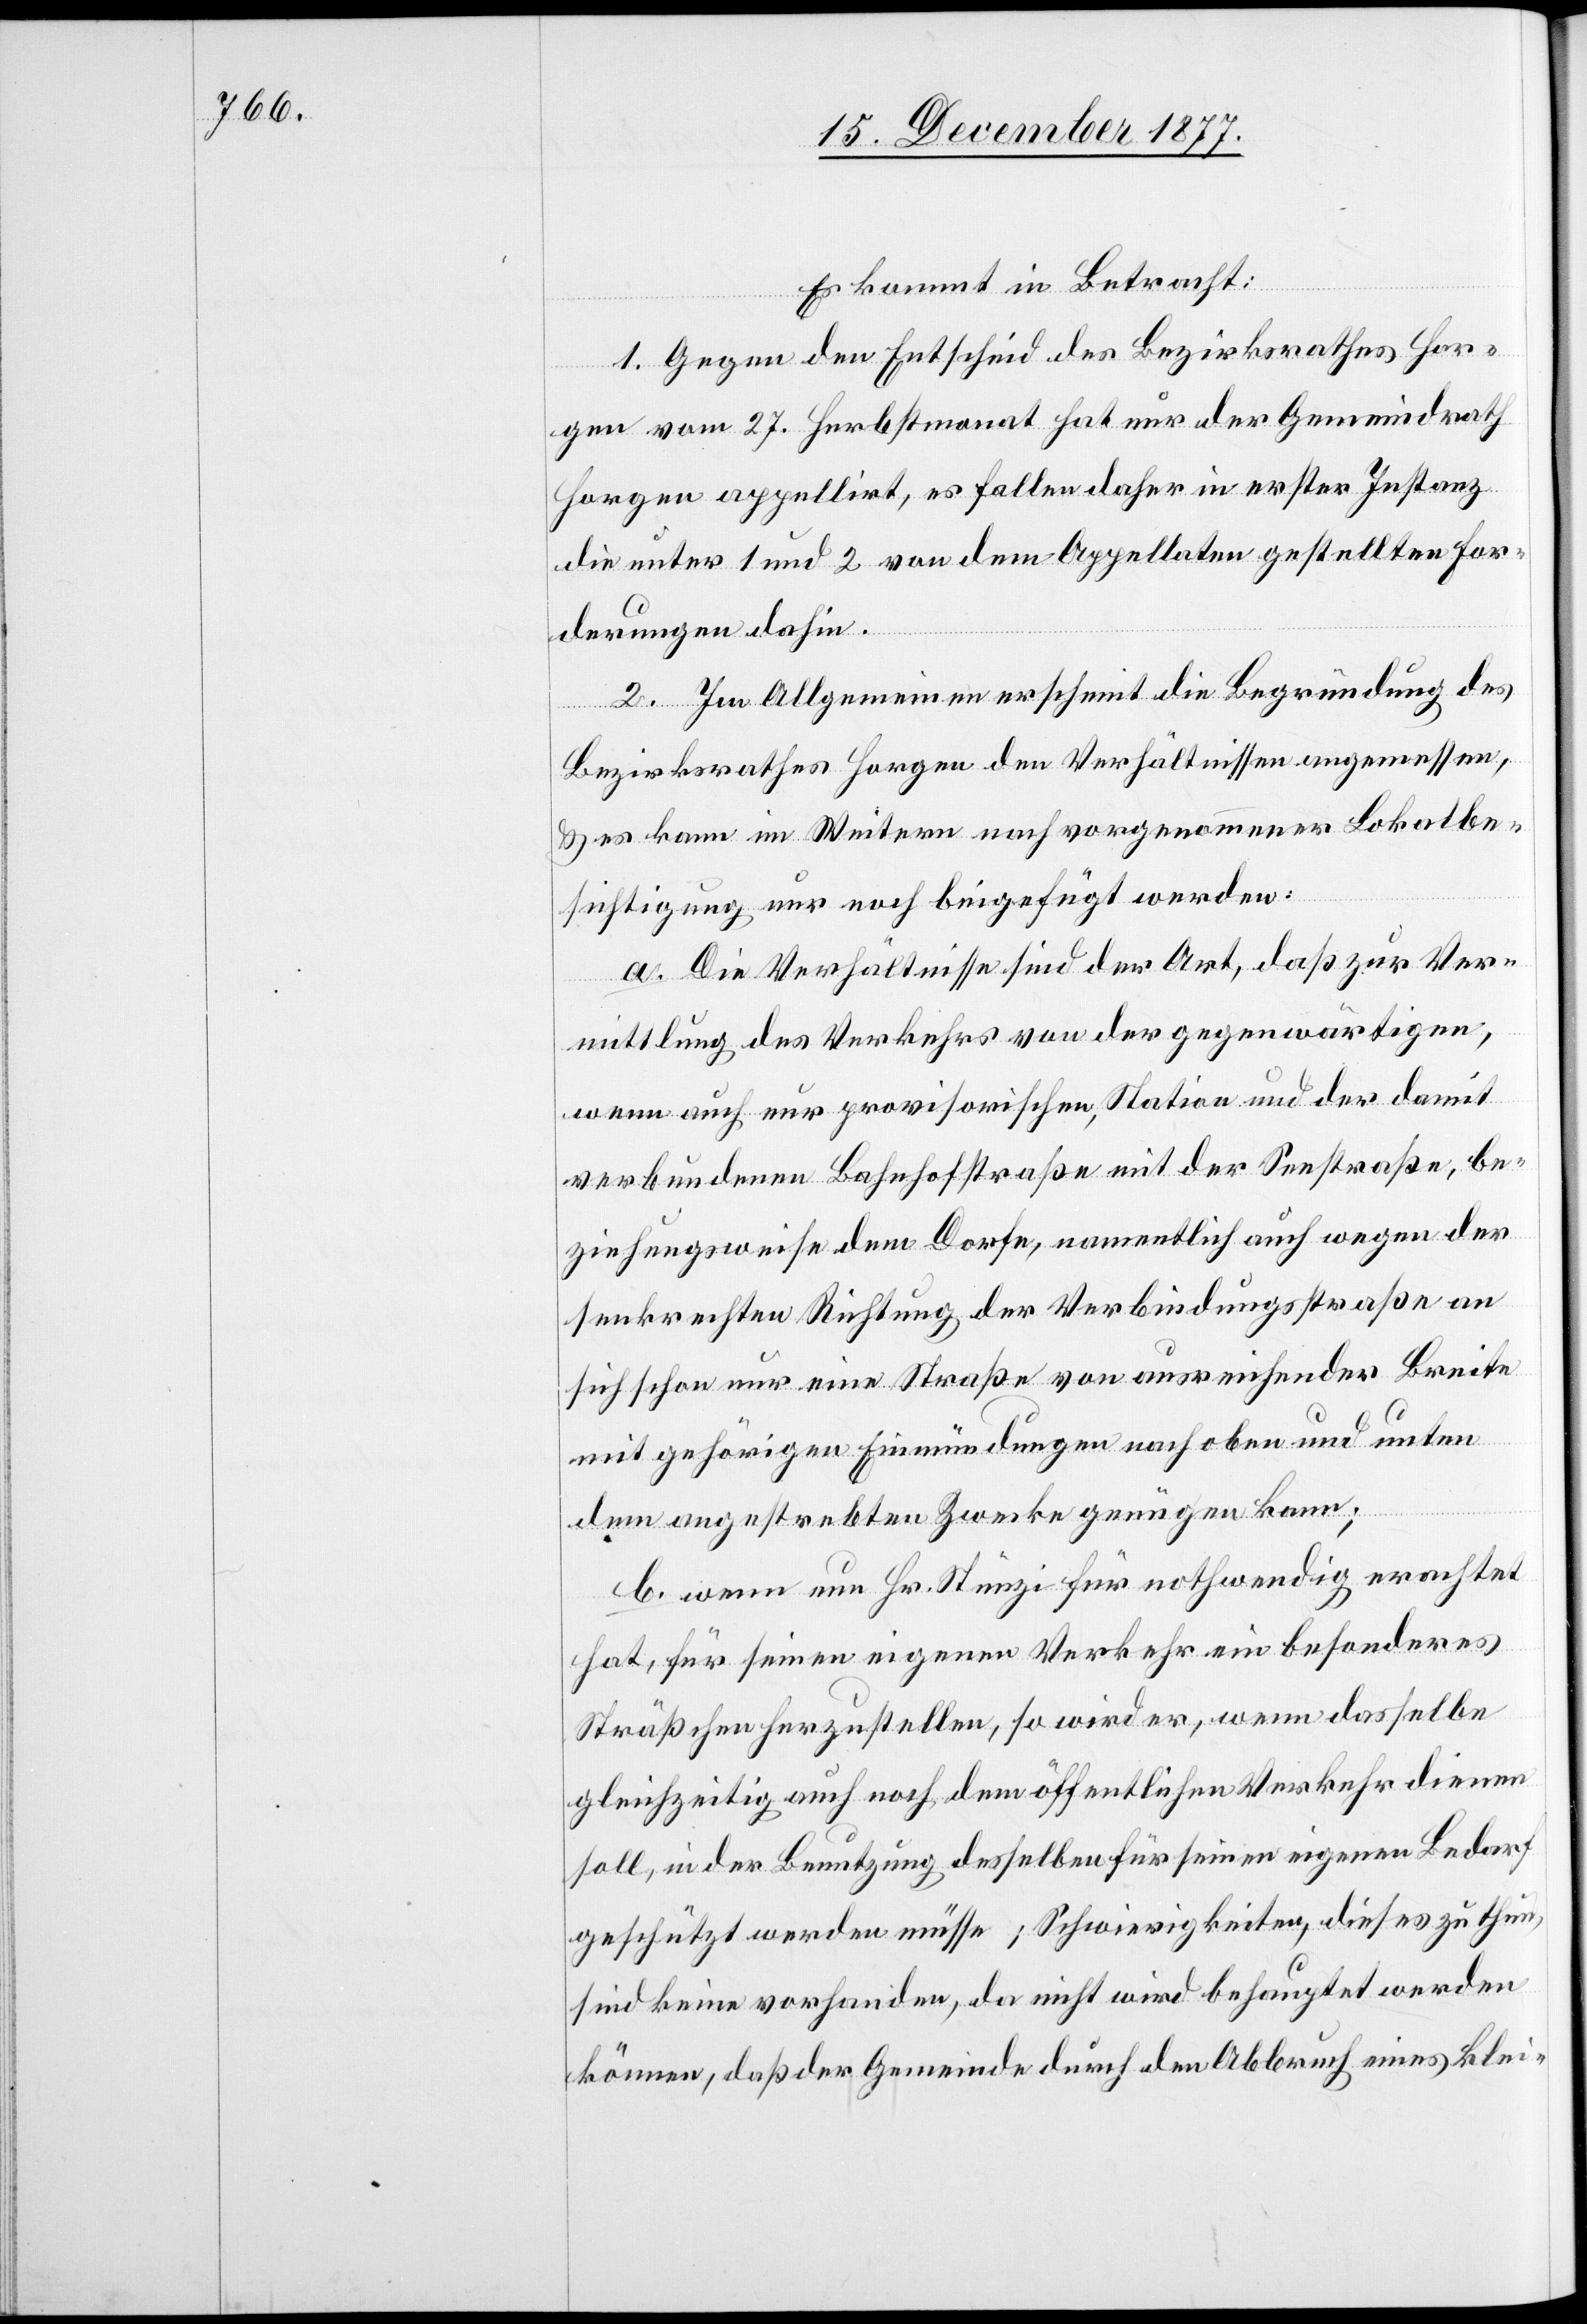
Es kommt in Betracht:
1. Gegen den Entscheid des Bezirksrathes Hor¬
gen vom 27. Herbstmonat hat nur der Gemeindrath
Horgen appellirt, es fallen daher in erster Instanz
die unter 1 und 2 von dem Appellaten gestellten For¬
derungen dahin.
2. Im Allgemeinen erscheint die Begründung des
Bezirksrathes Horgen den Verhältnissen angemessen,
& es kann im Weitern nach vorgenommener Lokalbe¬
sichtigung nur noch beigefügt werden:
a. Die Verhältnisse sind der Art, daß zur Ver¬
mittlung des Verkehrs von der gegenwärtigen,
wenn auch nur provisorischen, Station und der damit
verbundenen Bahnhofstraße mit der Seestraße, be¬
ziehungsweise dem Dorfe, namentlich auch wegen der
senkrechten Richtung der Verbindungsstraße an
sich schon nur eine Straße von ausreichender Breite
mit gehörigen Einmündungen nach oben und unten
dem angestrebten Zwecke genügen kann;
b. wenn nun Hr. Stünzi für nothwendig erachtet
hat, für seinen eigenen Verkehr ein besonderes
Sträßchen herzustellen, so wird er, wenn dasselbe
gleichzeitig auch noch dem öffentlichen Verkehr dienen
soll, in der Benutzung desselben für seinen eigenen Bedarf
geschützt werden müsse[n]; Schwierigkeiten, dieses zu thun,
sind keine vorhanden, da nicht wird behauptet werden
können, daß der Gemeinde durch den Abbruch eines klei-